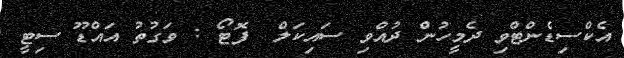
އެކްސިޑެންޓްވި ދެމީހުން ދުއްވި ސައިކަލް  ފޮޓޯ : ވަގުތު އައްޑޫ ސިޓީ